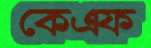
কেএফ